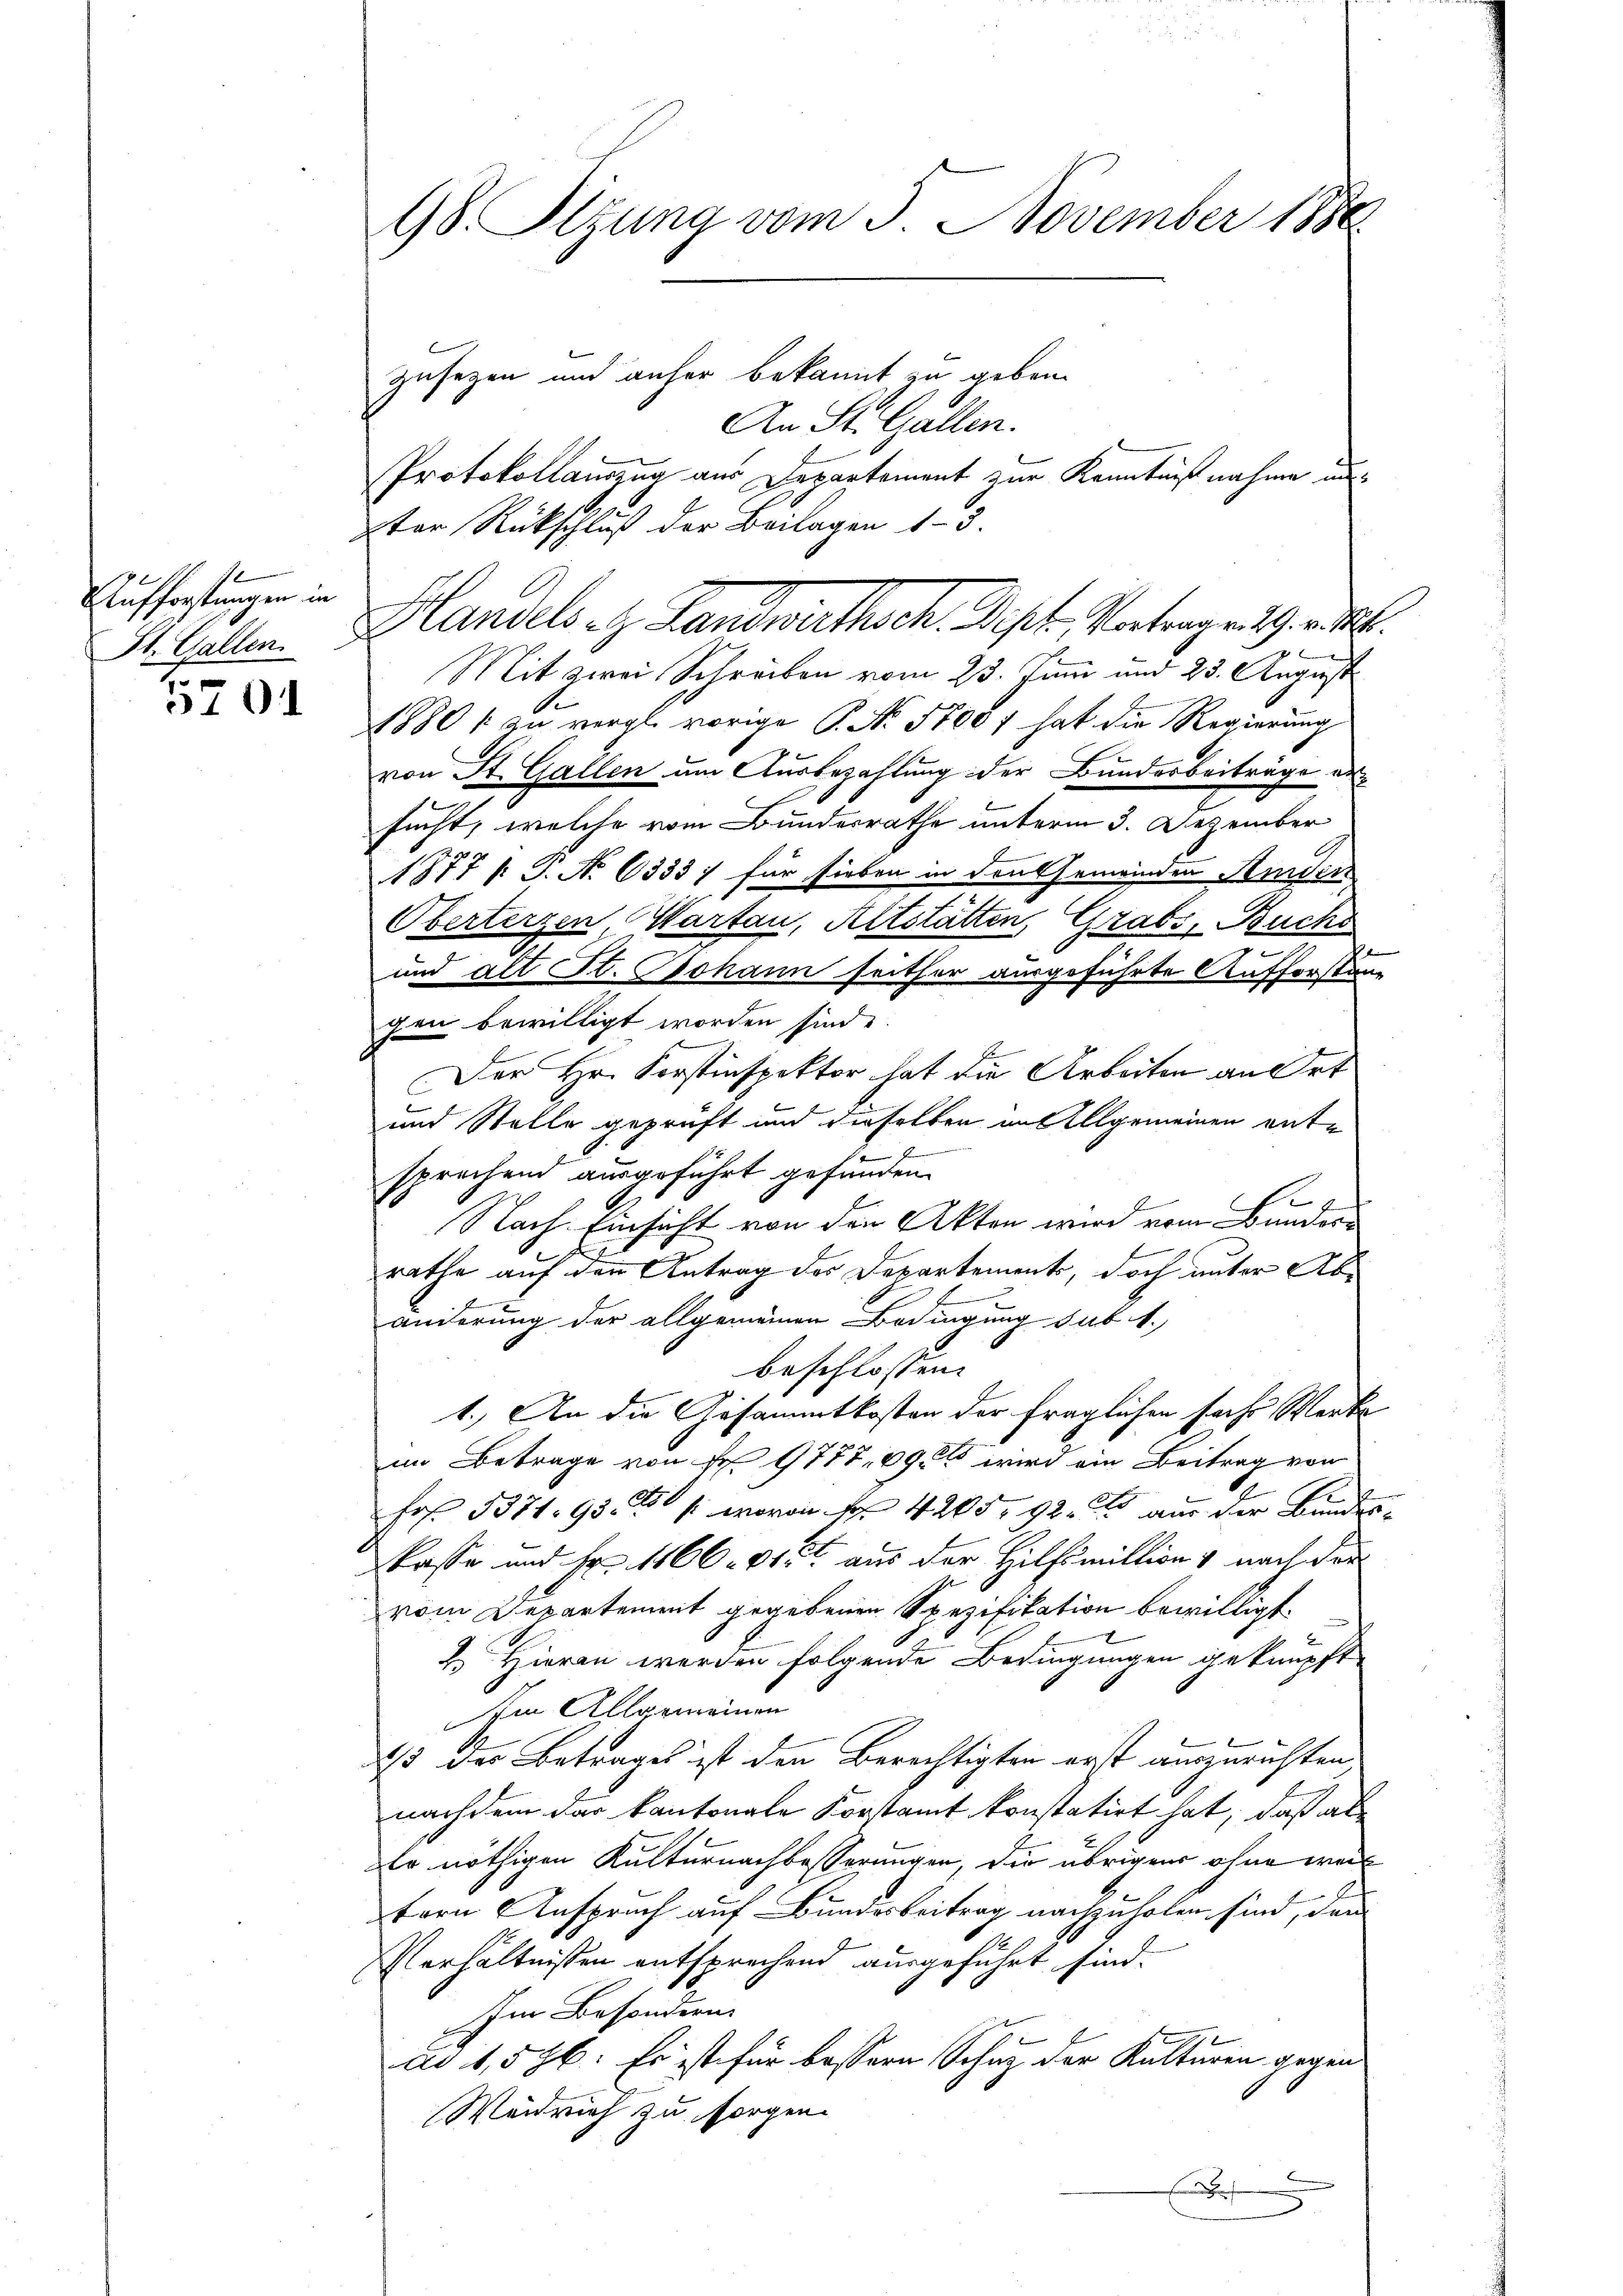
Aufforstungen in
St. Gallen.

70

98. Sizung vom 5. November 1880.

Handels z. Landwirthsch. Dist. Vortragen Ge

Zusezen und anher bekannt zu geben.
An St. Gallen.
Protokollauszug aus Departement zur Kenntnißnahme unter Rückschluß der Beilagen 1-3.
2
Mit zwei Schreiben vom 23. Juni und 23. August
1880 f zu vergl. vorige P. Nr. 5700 f hat die Regierung
von St. Gallen um Ausbezahlung der Bundesbeiträge ersucht, welche vom Bundesrathe unterm 3. Dezember
1877 p. T. No 6333; für sieben in den Gemeinden Kinders
Oberterzen Warten, Altstätten, Grabs, Buchs
und alt St. Johann seither ausgeführte Aufforstung
gen bewilligt worden sind.
Der Hr. Forstinspektor hat die Arbeiten an Ort
und Stelle geprüft und dieselben aus Allgemeinen entsprechend ausgeführt gefunden.
Nach Einsicht von den Akten wird vom Bunderf
rathe auf den Antrag des Departements, doch unter Abänderung der allgemeinen Bedingung sub 1.)
beschlossen:
1.) An die Gesammtkosten der fraglichen sache Werke
im Betrage von Fr. 9777, 690 wird ein Beitrag von
Frs. 5371. 95. / wovon Fr. 4205, 92 aus der Bundes-
kasse und Fr. 1166. 91. aus der Hilfsmittion & nach der
vom Departement gegebenen Spezifikation bewilligt.
2.) Hieran werden folgende Bedingungen geknüpft
Im Allgemeinen
4/3 der Betrages ist den Berechtigten erst auszurichten
E
nachdem der kantonale Forstamt konstatirt hat, daß al
Er nöthigen Kulturnachbesserungen, die übrigen ohne weil
Errn Anspruch auf Bunderbeitrag nachzuholen sind, dann
1
Verhältnissen entsprechend ausgeführt sind.
Im Besondern
ad 1,576. Es ist für bessern Schutz der Kulturen gegen
Weidrich zu sorgen.
g